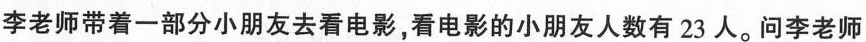
李老师带着一部分小朋友去看电影，看电影的小朋友人数有23人。问李老师